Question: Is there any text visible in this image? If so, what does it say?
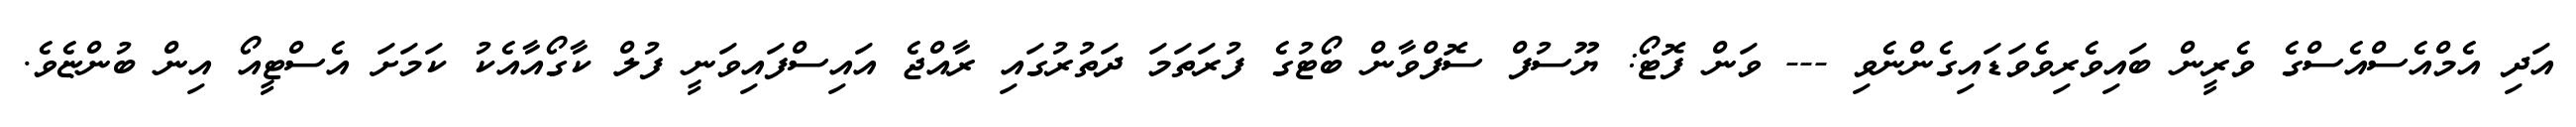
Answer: އަދި އެމްއެސްއެސްގެ ވެރީން ބައިވެރިވެވަޑައިގެންނެވި --- ވަން ފޮޓޯ: ޔޫސުފް ސޮފްވާން ބޯޓުގެ ފުރަތަމަ ދަތުރުގައި ރާއްޖެ އައިސްފައިވަނީ ފުލް ކާގޯއާއެކު ކަމަށަ އެސްޓީއޯ އިން ބުންޏެވެ.